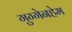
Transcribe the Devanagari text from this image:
गुग्गेनहेम